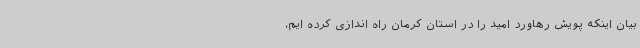
بیان اینکه پویش رهاورد امید را در استان کرمان راه اندازی کرده ایم،